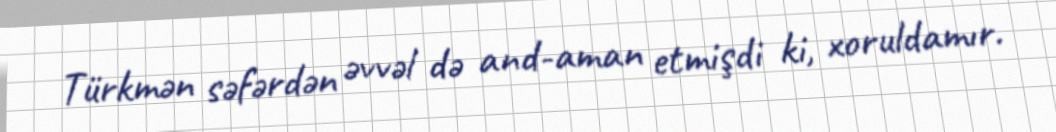
Türkmən səfərdən əvvəl də and-aman etmişdi ki, xoruldamır.